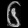
Digit: ၆